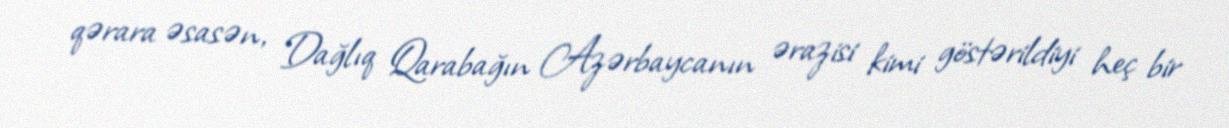
qərara əsasən, Dağlıq Qarabağın Azərbaycanın ərazisi kimi göstərildiyi heç bir